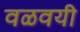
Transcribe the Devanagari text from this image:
वळवयी